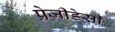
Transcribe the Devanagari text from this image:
प्रेज़ीडेसी